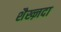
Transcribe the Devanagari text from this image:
शैख्ज़दा